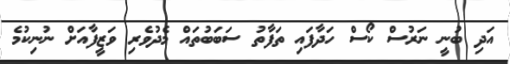
އަދި ބުނީ ނަރުސް ކޯސް ހަދާފައި ތަފާތު ސަބަބުތައް މެދުވެެރި ވަޒީފާއަށް ނުނިކުމެ